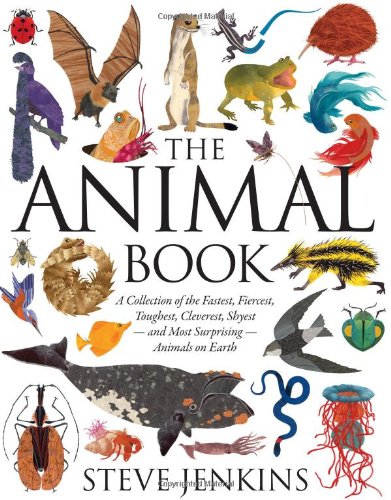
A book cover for The Animal Book: A Collection of the Fastest, Fiercest, Toughest, Cleverest, ShyestEEand Most SurprisingEEAnimals on Earth (Boston Globe-Horn Book Honors (Awards)); Steve Jenkins; Children's Books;